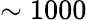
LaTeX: \sim 1000